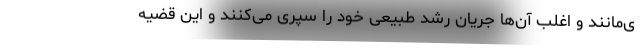
ی‌مانند و اغلب آن‌ها جریان رشد طبیعی خود را سپری می‌کنند و این قضیه